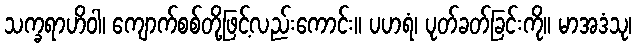
သက္ခရာဟိဝါ၊ ကျောက်စစ်တို့ဖြင့်လည်းကောင်း။ ပဟရံ၊ ပုတ်ခတ်ခြင်းကို။ မာအဒံသု၊